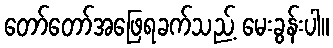
တော်တော်အဖြေရခက်သည့် မေးခွန်းပါ။